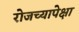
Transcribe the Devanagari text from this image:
रोजच्यापेक्षा